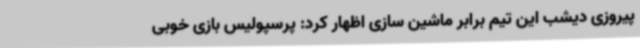
پیروزی دیشب این تیم برابر ماشین سازی اظهار کرد: پرسپولیس بازی خوبی